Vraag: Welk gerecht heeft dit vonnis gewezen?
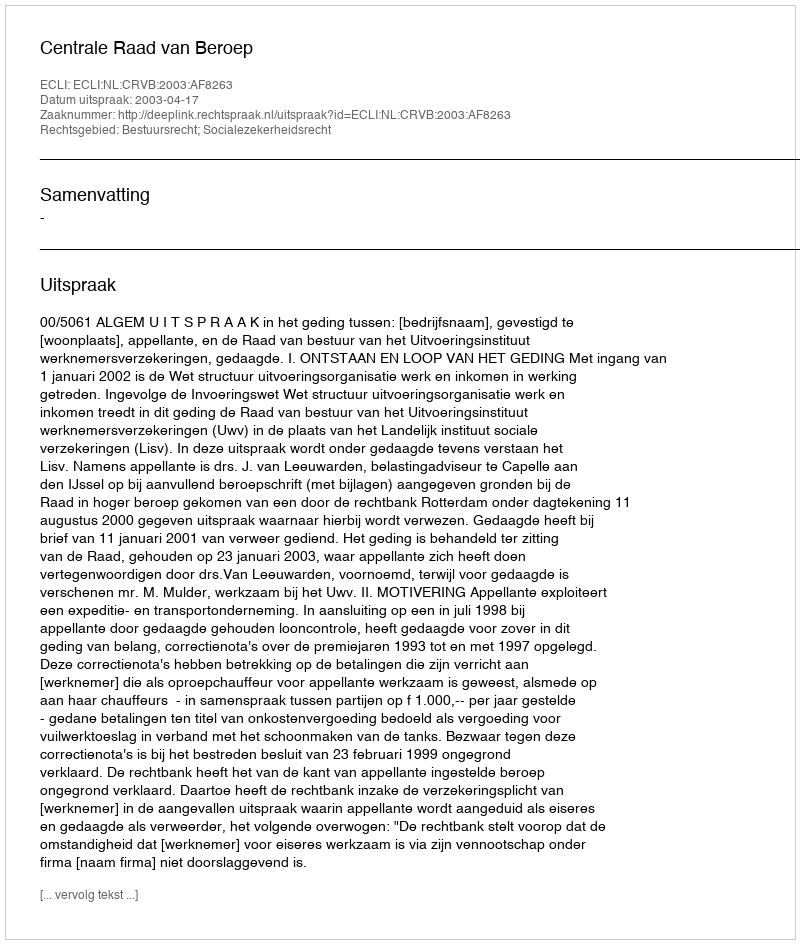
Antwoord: Centrale Raad van Beroep